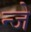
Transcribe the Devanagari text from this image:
न्जे